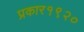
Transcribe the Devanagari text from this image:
प्रकार१९२०